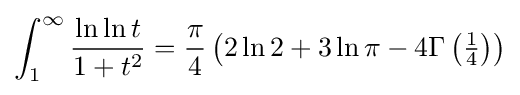
\int _{1}^{\infty }{\frac {\ln \ln t}{1+t^{2}}}={\frac {\pi }{4}}\left(2\ln 2+3\ln \pi -4\Gamma \left({\tfrac {1}{4}}\right)\right)